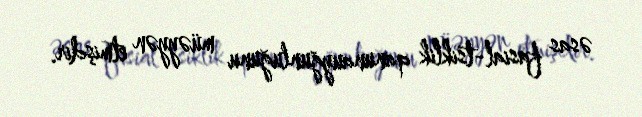
əsas fasial-tsiklik qanunauyğunluğunu müəyyən etmişdir.